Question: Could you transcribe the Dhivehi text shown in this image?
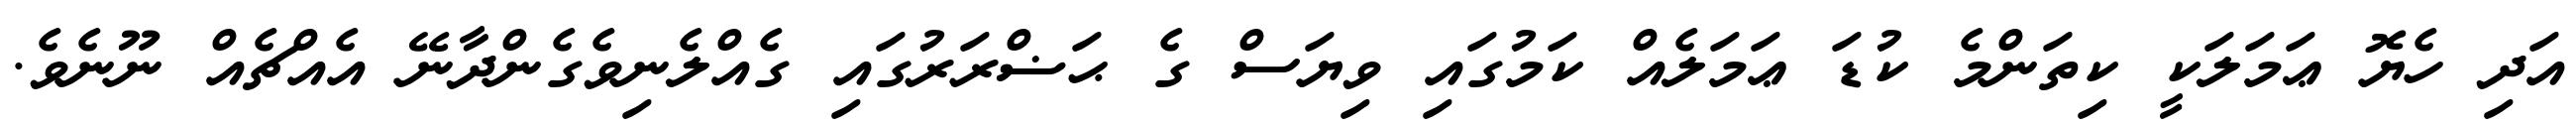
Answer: އަދި ހެޔޮ ޢަމަލަކީ ކިތަންމެ ކުޑަ ޢަމަލެއް ކަމުގައި ވިޔަސް ގެ ޙަޟްރަރުގައި ގެއްލެނިވެގެންދާނޭ އެއްޗެއް ނޫނެވެ.